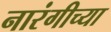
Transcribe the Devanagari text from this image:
नारंगीच्या